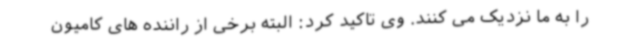
را به ما نزدیک می کنند. وی تاکید کرد: البته برخی از راننده های کامیون